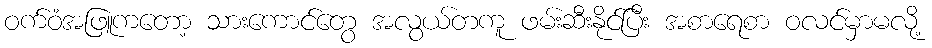
ဝက်ဝံအဖြူကတော့ သားကောင်တွေ အလွယ်တကူ ဖမ်းဆီးနိုင်ပြီး အစာရေစာ ဝလင်မှာမလို့